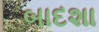
બાદશા